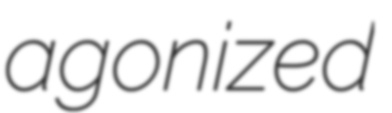
agonized